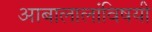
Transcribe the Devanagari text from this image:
आबालालांविषयी